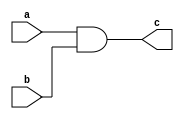
`timescale 1ns / 1ps
//////////////////////////////////////////////////////////////////////////////////
// Company: 
// Engineer: 
// 
// Design Name: 
// Module Name: and
// Project Name: 
// Target Devices: 
// Tool Versions: 
// Description: 
// 
// Dependencies: 
// 
// Revision:
// Revision 0.01 - File Created
// Additional Comments:
// 
//////////////////////////////////////////////////////////////////////////////////


module and_gate(input a, input b, output c);
assign c = a & b;
endmodule